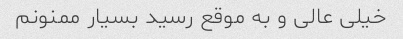
خیلی عالی و به موقع رسید بسیار ممنونم